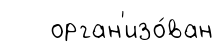
орган'изо́ван